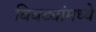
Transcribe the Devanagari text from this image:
बिबट्यांमध्ये